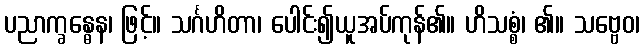
ပညာက္ခန္ဓေန၊ ဖြင့်။ သင်္ဂဟိတာ၊ ပေါင်း၍ယူအပ်ကုန်၏။ ဟိသစ္စံ၊ ၏။ သဗ္ဗေဝ၊